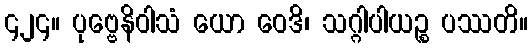
၄၂၄။ ပုဗ္ဗေနိဝါသံ ယော ဝေဒိ၊ သဂ္ဂါပါယဉ္စ ပဿတိ။